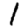
Digit: 1